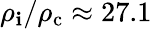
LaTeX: \rho_{\mathbf{i}}/\rho_{\mathrm{{c}}}\approx27.1